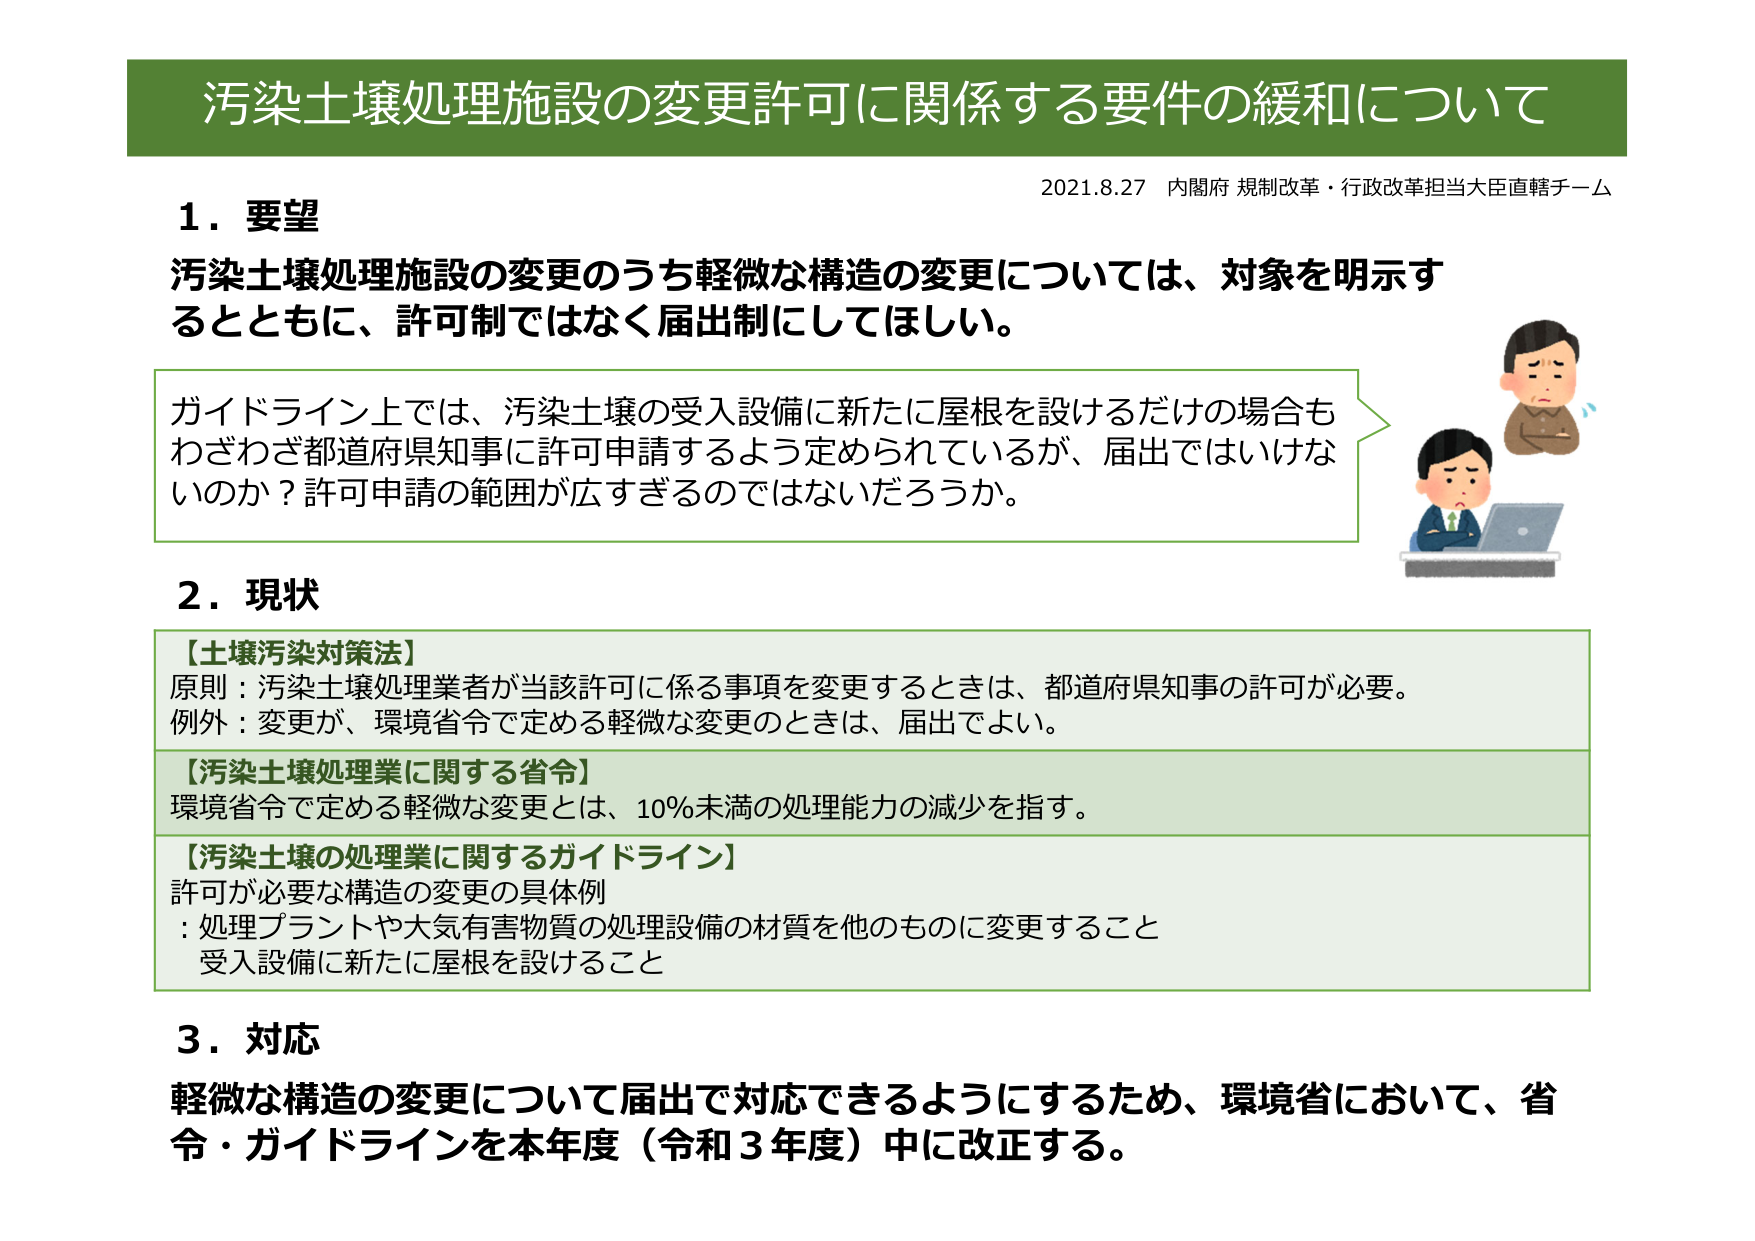
汚染土壌処理施設の変更許可に関係する要件の緩和について
2021.8.27 内閣府 規制改革・行政改革担当大臣直轄チーム

1．要望
汚染土壌処理施設の変更のうち軽微な構造の変更については、対象を明示するとともに、許可制ではなく届出制にしてほしい。

ガイドライン上では、汚染土壌の受入設備に新たに屋根を設けるだけの場合もわざわざ都道府県知事に許可申請するよう定められているが、届出ではいけないのか？許可申請の範囲が広すぎるのではないだろうか。

2．現状
【土壌汚染対策法】
原則：汚染土壌処理業者が当該許可に係る事項を変更するときは、都道府県知事の許可が必要。
例外：変更が、環境省令で定める軽微な変更のときは、届出でよい。

【汚染土壌処理業に関する省令】
環境省令で定める軽微な変更とは、10％未満の処理能力の減少を指す。

【汚染土壌の処理業に関するガイドライン】
許可が必要な構造の変更の具体例
: 処理プラントや大気有害物質の処理設備の材質を他のものに変更すること
受入設備に新たに屋根を設けること

3．対応
軽微な構造の変更について届出で対応できるようにするため、環境省において、省令・ガイドラインを本年度（令和3年度）中に改正する。